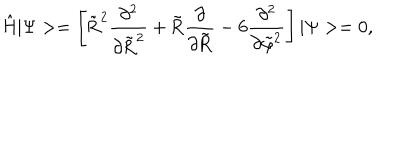
LaTeX: \mathrm { \hat { H } | \Psi > = \left[ \tilde { R } ^ { 2 } \frac { \partial ^ { 2 } } { \partial \tilde { R } ^ { 2 } } + \tilde { R } \frac { \partial } { \partial \tilde { R } } - 6 \frac { \partial ^ { 2 } } { \partial \tilde { \ v a r p h i } ^ { 2 } } \right] | \Psi > = 0 , }